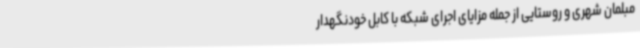
مبلمان شهری و روستایی از جمله مزایای اجرای شبکه با کابل خودنگهدار